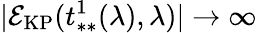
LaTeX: |\mathcal{E}_{\mathrm{KP}}(t_{**}^{1}(\lambda),\lambda)|\to\infty